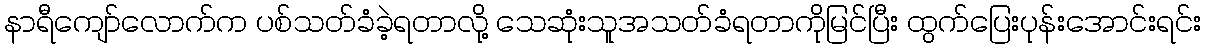
နာရီကျော်လောက်က ပစ်သတ်ခံခဲ့ရတာလို့ သေဆုံးသူအသတ်ခံရတာကိုမြင်ပြီး ထွက်ပြေးပုန်းအောင်းရင်း